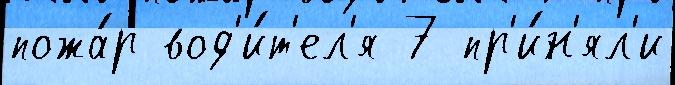
пожа́р вод'и́т'ел'я 7 пр'и́н'ял'и